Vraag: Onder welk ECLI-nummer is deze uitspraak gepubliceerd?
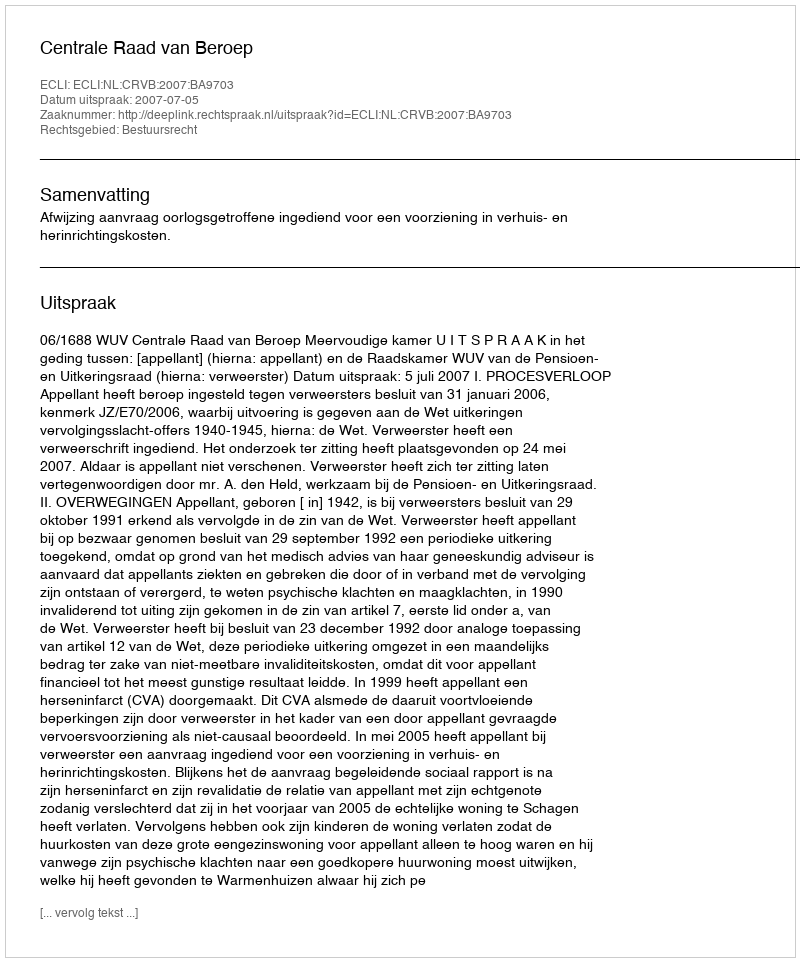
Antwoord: ECLI:NL:CRVB:2007:BA9703